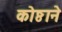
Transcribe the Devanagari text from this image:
कोष्ठाने